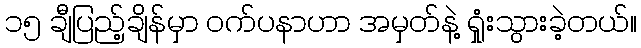
၁၅ ချီပြည့်ချိန်မှာ ဝက်ပနာဟာ အမှတ်နဲ့ ရှုံးသွားခဲ့တယ်။